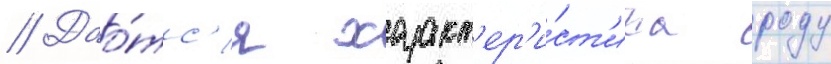
// Дао́тс'я характ'ер'и́ст'ика роду